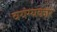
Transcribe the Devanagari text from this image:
वयंग्यकार